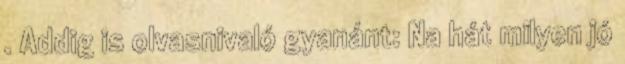
. Addig is olvasnivaló gyanánt: Na hát milyen jó